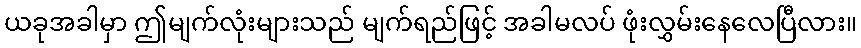
ယခုအခါမှာ ဤမျက်လုံးများသည် မျက်ရည်ဖြင့် အခါမလပ် ဖုံးလွှမ်းနေလေပြီလား။